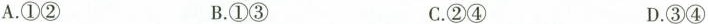
A.①② B.①③ C.②④ D.③④